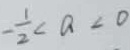
- \frac { 1 } { 2 } < a < 0